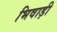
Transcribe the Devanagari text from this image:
भिवाड़ी